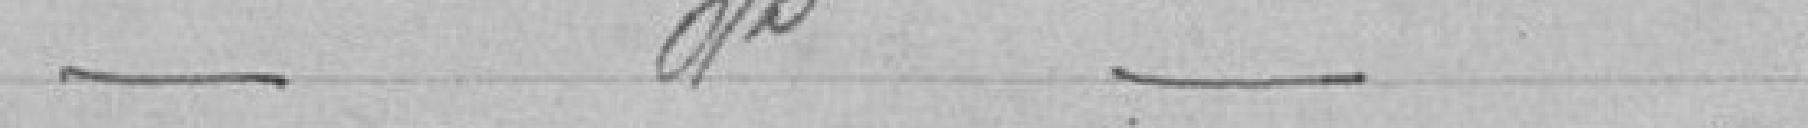
Hôpital Civil